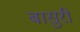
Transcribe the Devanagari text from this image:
बासुरी